Madras plague regulations and rules - Volume 1
Disease focus: Plague
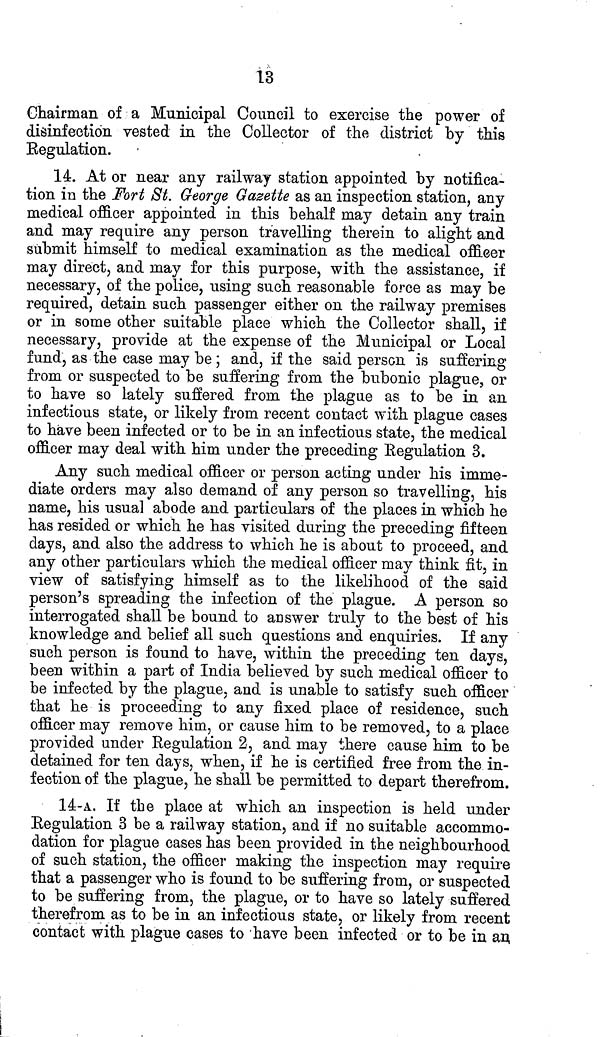
13
Chairman of a Municipal Council to exercise the power of
disinfection vested in the Collector of the district by this
Regulation.
14. At or near any railway station appointed by notifica-
tion in the Fort St. George Gazette as an inspection station, any
medical officer appointed in this behalf may detain any train
and may require any person travelling therein to alight and
submit himself to medical examination as the medical officer
may direct, and may for this purpose, with the assistance, if
necessary, of the police, using such reasonable force as may be
required, detain such passenger either on the railway premises
or in some other suitable place which the Collector shall, if
necessary, provide at the expense of the Municipal or Local
fund, as the case may be ; and, if the said person is suffering
from or suspected to be suffering from the bubonic plague, or
to have so lately suffered from, the plague as to be in an
infectious state, or likely from recent contact with plague cases
to have been infected or to be in an infectious state, the medical
officer may deal with him under the preceding Regulation 3.
Any such medical officer or person acting under his imme-
diate orders may also demand of any person so travelling, his
name, his usual abode and particulars of the places in which he
has resided or which he has visited during the preceding fifteen
clays, and also the address to which he is about to proceed, and
any other particulars which the medical officer may think fit, in
view of satisfying himself as to the likelihood of the said
person's spreading the infection of the plague. A person so
interrogated shall be bound to answer truly to the best of his
knowledge and belief all such questions and enquiries. If any
such person is found to have, within the preceding ten days,
been within a part of India believed by such medical officer to
be infected by the plague, and is unable to satisfy such officer
that he is proceeding to any fixed place of residence, such
officer may remove him, or cause him to be removed, to a place
provided under Regulation 2, and may there cause him to be
detained for ten days, when, if he is certified free from the in-
fection of the plague, he shall be permitted to depart therefrom.
14-A. If the place at which an inspection is held under
Regulation 3 be a railway station, and if no suitable accommo-
dation for plague cases has been provided in the neighbourhood
of such station, the officer making the inspection may require
that a passenger who is found to be suffering from, or suspected
to be suffering from, the plague, or to have so lately suffered
therefrom as to be in an infectious state, or likely from recent
contact with plague cases to have been infected or to be in an,